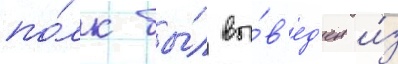
по́лк бы́л вы́в'ед'ен и́з